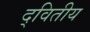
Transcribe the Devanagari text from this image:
द्‌वितीय